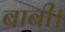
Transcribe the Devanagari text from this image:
बाबी।